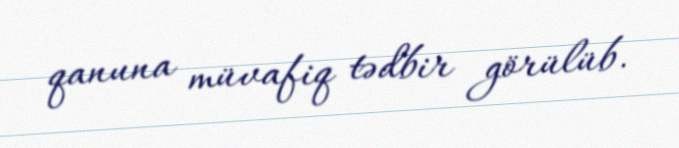
qanuna müvafiq tədbir görülüb.